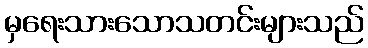
မှရေးသားသောသတင်းများသည်